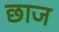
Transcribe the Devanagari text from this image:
छाज